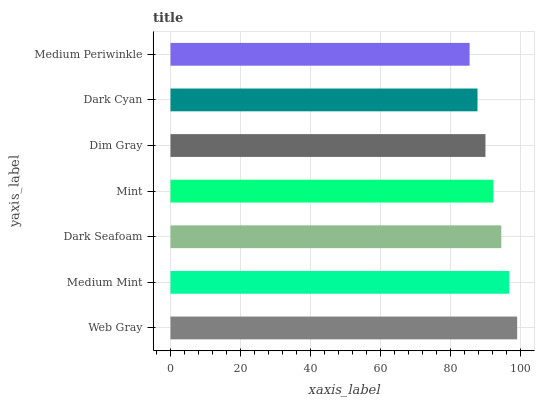
| yaxis_label | bars |
 | --- | --- |
 | Web Gray | 99 |
 | Medium Mint | 96.7 |
 | Dark Seafoam | 94.5 |
 | Mint | 92.2 |
 | Dim Gray | 89.9 |
 | Dark Cyan | 87.7 |
 | Medium Periwinkle | 85.4 |